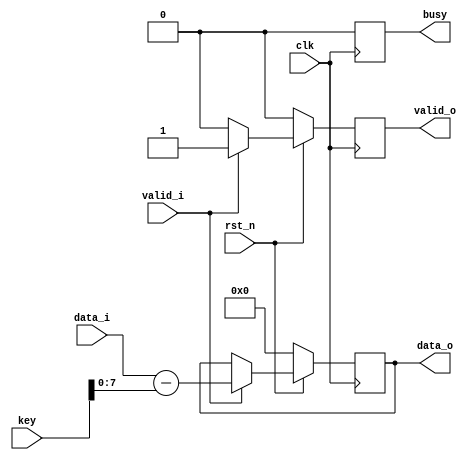
`timescale 1ns / 1ps
//////////////////////////////////////////////////////////////////////////////////
// Company: 
// Engineer: 
// 
// Design Name: 
// Module Name:    ceasar_decryption 
// Project Name: 
// Target Devices: 
// Tool versions: 
// Description: 
//
// Dependencies: 
//
// Revision: 
// Revision 0.01 - File Created
// Additional Comments: 
//
//////////////////////////////////////////////////////////////////////////////////
module caesar_decryption #(
				parameter D_WIDTH = 8,
				parameter KEY_WIDTH = 16
			)(
			// Clock and reset interface
			input clk,
			input rst_n,
			
			// Input interface
			input[D_WIDTH - 1:0] data_i,
			input valid_i,
			
			// Decryption Key
			input[KEY_WIDTH - 1 : 0] key,
			
			// Output interface
            output reg busy,
			output reg[D_WIDTH - 1:0] data_o,
			output reg valid_o
    );


// TODO: Implement Caesar Decryption here
always @(posedge clk) begin
	
	if(rst_n == 0) begin
						data_o <=0;
						busy <=0;
						valid_o<=0;
				   end
		else 	begin
		
				if(valid_i == 1)  begin  
								data_o <= data_i - key;
								valid_o <= 1;
							end
				if(valid_i == 0) valid_o <= 0; 
	
				busy <= 0;

				end
end
endmodule